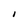
Character: I